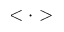
< \cdot >